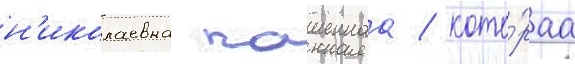
н'иколаевна пашеннаа / кото́раа